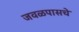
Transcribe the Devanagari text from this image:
जवळपासचे